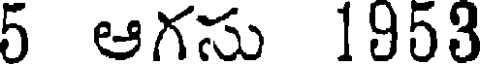
5 ఆగసు 1953